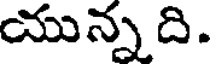
యున్న ది.